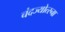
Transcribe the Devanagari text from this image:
चंदज्योत्स्ना